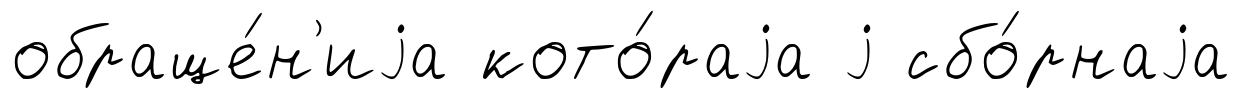
обраще́н'иjа кото́раjа j сбо́рнаjа